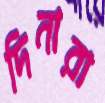
দিনারা